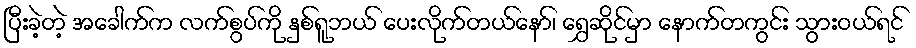
ပြီးခဲ့တဲ့ အခေါက်က လက်စွပ်ကို နှစ်ရူဘယ် ပေးလိုက်တယ်နော်၊ ရွှေဆိုင်မှာ နောက်တကွင်း သွားဝယ်ရင်